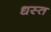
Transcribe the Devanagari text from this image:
धस्त